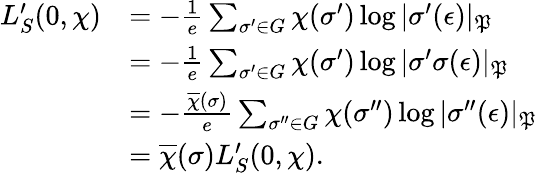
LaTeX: \begin{array}{rl}{L_{S}^{\prime}(0,\chi)}&{=-\frac{1}{e}\sum_{\sigma^{\prime}\in G}\chi(\sigma^{\prime})\log|\sigma^{\prime}(\epsilon)|_{\mathfrak P}}\\ &{=-\frac{1}{e}\sum_{\sigma^{\prime}\in G}\chi(\sigma^{\prime})\log|\sigma^{\prime}\sigma(\epsilon)|_{\mathfrak P}}\\ &{=-\frac{\overline{\chi}(\sigma)}{e}\sum_{\sigma^{\prime\prime}\in G}\chi(\sigma^{\prime\prime})\log|\sigma^{\prime\prime}(\epsilon)|_{\mathfrak P}}\\ &{=\overline{\chi}(\sigma)L_{S}^{\prime}(0,\chi).}\end{array}